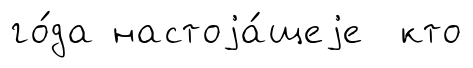
го́да настоjа́щеjе кто